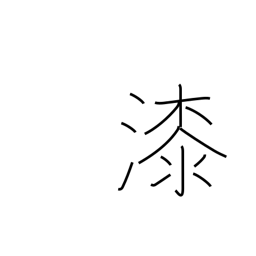
Meaning: varnish